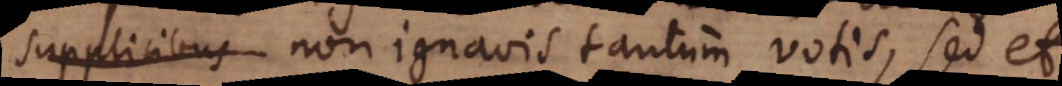
non ignavis tantum votis, sed et